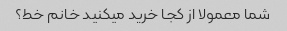
شما معمولا از کجا خرید میکنید خانم خط؟